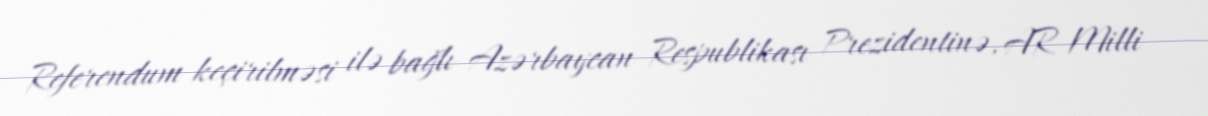
Referendum keçirilməsi ilə bağlı Azərbaycan Respublikası Prezidentinə, AR Milli